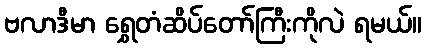
ဗလာဒီမာ ရွှေတံဆိပ်တော်ကြီးကိုလဲ ရမယ်။